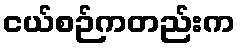
ငယ်စဉ်ကတည်းက